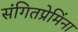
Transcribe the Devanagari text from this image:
संगितप्रेमिंना